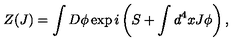
Z ( J ) = \int D \phi \exp i \left( S + \int d ^ { 4 } x J \phi \right) ,